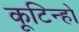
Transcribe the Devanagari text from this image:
कूटिन्हो